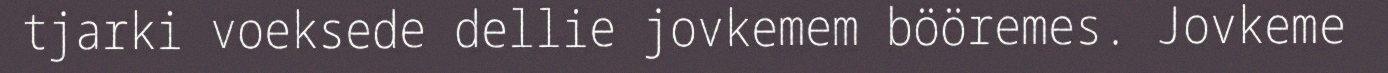
tjarki voeksede dellie jovkemem bööremes. Jovkeme